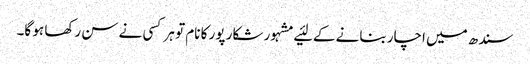
سندھ میں‌ اچار بنانے کے لئیے مشہور شکار پور کا نام تو ہر کسی نے سن رکھا ہو گا۔